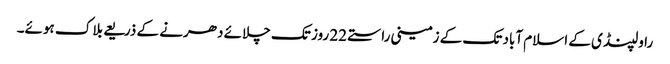
راولپنڈی کے اسلام آباد تک کے زمینی راستے 22 روز تک چلائے دھرنے کے ذریعے بلاک ہوئے۔